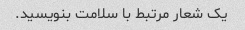
یک شعار مرتبط با سلامت بنویسید.